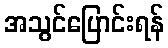
အသွင်ပြောင်းရန်